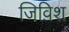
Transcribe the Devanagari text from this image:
जिविश